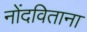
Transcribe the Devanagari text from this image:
नोंदविताना